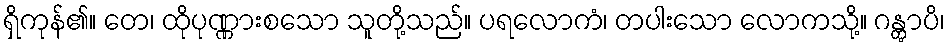
ရှိကုန်၏။ တေ၊ ထိုပုဏ္ဏားစသော သူတို့သည်။ ပရလောကံ၊ တပါးသော လောကသို့။ ဂန္တွာပိ၊